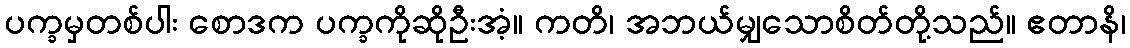
ပက္ခမှတစ်ပါး စောဒက ပက္ခကိုဆိုဦးအံ့။ ကတိ၊ အဘယ်မျှသောစိတ်တို့သည်။ ဧတာနိ၊